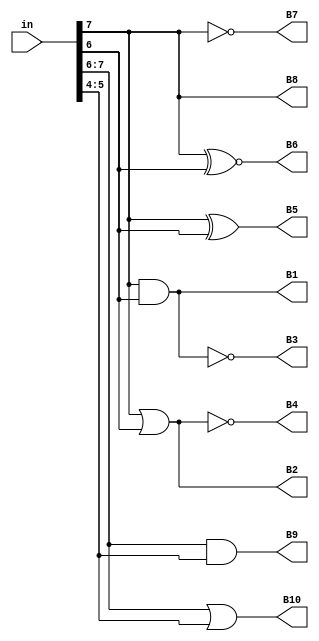
// Copyright 2020-2022 F4PGA Authors
//
// Licensed under the Apache License, Version 2.0 (the "License");
// you may not use this file except in compliance with the License.
// You may obtain a copy of the License at
//
//     http://www.apache.org/licenses/LICENSE-2.0
//
// Unless required by applicable law or agreed to in writing, software
// distributed under the License is distributed on an "AS IS" BASIS,
// WITHOUT WARRANTIES OR CONDITIONS OF ANY KIND, either express or implied.
// See the License for the specific language governing permissions and
// limitations under the License.
//
// SPDX-License-Identifier: Apache-2.0

module top (
    input [0:7] in,
    output B1,
    B2,
    B3,
    B4,
    B5,
    B6,
    B7,
    B8,
    B9,
    B10
);
  assign B1  = in[0] & in[1];
  assign B2  = in[0] | in[1];
  assign B3  = in[0]~&in[1];
  assign B4  = in[0]~|in[1];
  assign B5  = in[0] ^ in[1];
  assign B6  = in[0] ~^ in[1];
  assign B7  = ~in[0];
  assign B8  = in[0];
  assign B9  = in[0:1] && in[2:3];
  assign B10 = in[0:1] || in[2:3];
endmodule